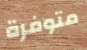
متوفرة